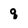
Character: q